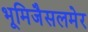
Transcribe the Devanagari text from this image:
भूमिजैसलमेर